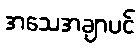
အသေအချာပင်